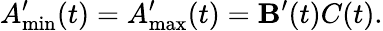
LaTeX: A_{\operatorname*{min}}^{\prime}(t)=A_{\operatorname*{max}}^{\prime}(t)=\mathbf{B}^{\prime}(t)C(t).